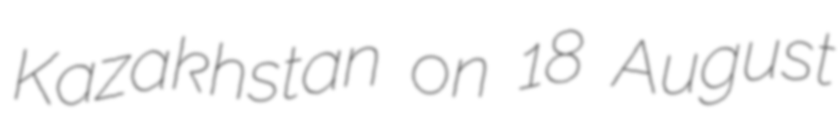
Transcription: Kazakhstan on 18 August